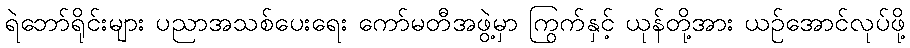
ရဲဘော်ရိုင်းများ ပညာအသစ်ပေးရေး ကော်မတီအဖွဲ့မှာ ကြွက်နှင့် ယုန်တို့အား ယဉ်အောင်လုပ်ဖို့